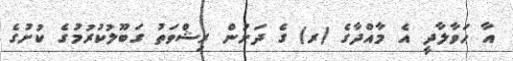
އާ ޙަވާލާދީ އެ މާއްދާގެ (ރ) ގެ ދަށުން ރިޝްވަތު ގަބޫލުކުރުމުގެ ކުށުގެ